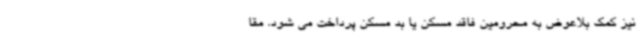
نیز کمک بلاعوض به محرومین فاقد مسکن یا بد مسکن پرداخت می شود. مقا